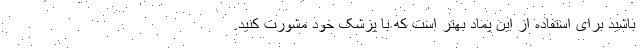
باشید برای استفاده از این پماد بهتر است که با پزشک خود مشورت کنید.